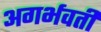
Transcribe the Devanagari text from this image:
अगर्भवती